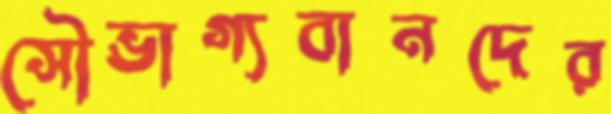
সৌভাগ্যবানদের